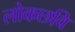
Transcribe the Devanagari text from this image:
लोकछवि